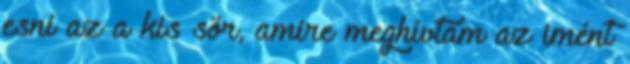
esni az a kis sör, amire meghívtam az imént